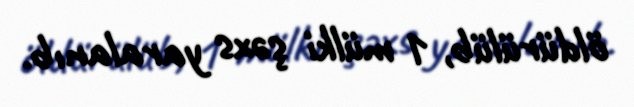
öldürülüb, 1 mülki şəxs yaralanıb.